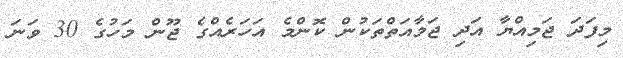
މިފަދަ ޖަމިއްޔާ އަދި ޖަމާއަތްތަކުން ކޮންމެ އަހަރެއްގެ ޖޫން މަހުގެ 30 ވަނަ